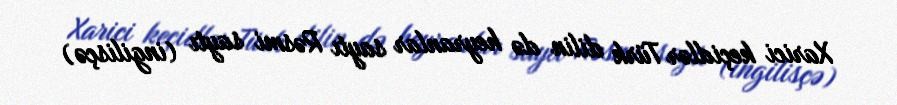
Xarici keçidlər Türk dilin də heyranlar saytı Rəsmi saytı (ingilisçə)